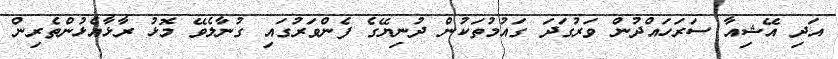
އަދި އޭޝިއާ ސަރަހައްދުން ވަރުގަދަ ގައުމުތަކުން ދުނިޔޭގެ ފެންވަރުގައި ގުނާލެވޭ މޮޅު ރާޅާއެޅުންތެރިން